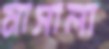
মাসালা